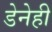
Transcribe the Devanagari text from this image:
डेनेही